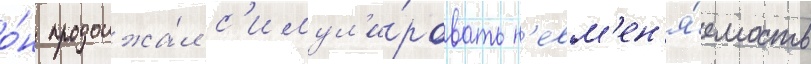
о́н продолжа́л с'имул'и́ровать н'евм'ен'я́емость